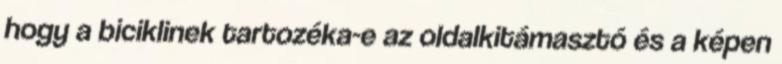
hogy a biciklinek tartozéka-e az oldalkitámasztó és a képen